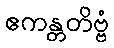
ဧကန္တတိဗ္ဗံ